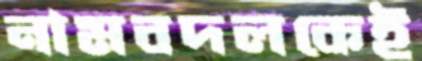
নামবদলকেই